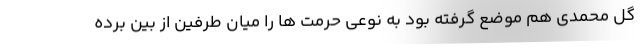
گل محمدی هم موضع گرفته بود به نوعی حرمت ها را میان طرفین از بین برده